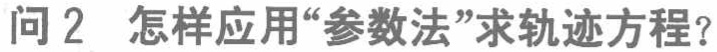
问2 怎样应用“参数法”求轨迹方程？